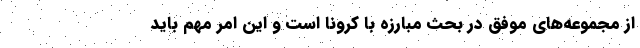
از مجموعه‌های موفق در بحث مبارزه با کرونا است و این امر مهم باید